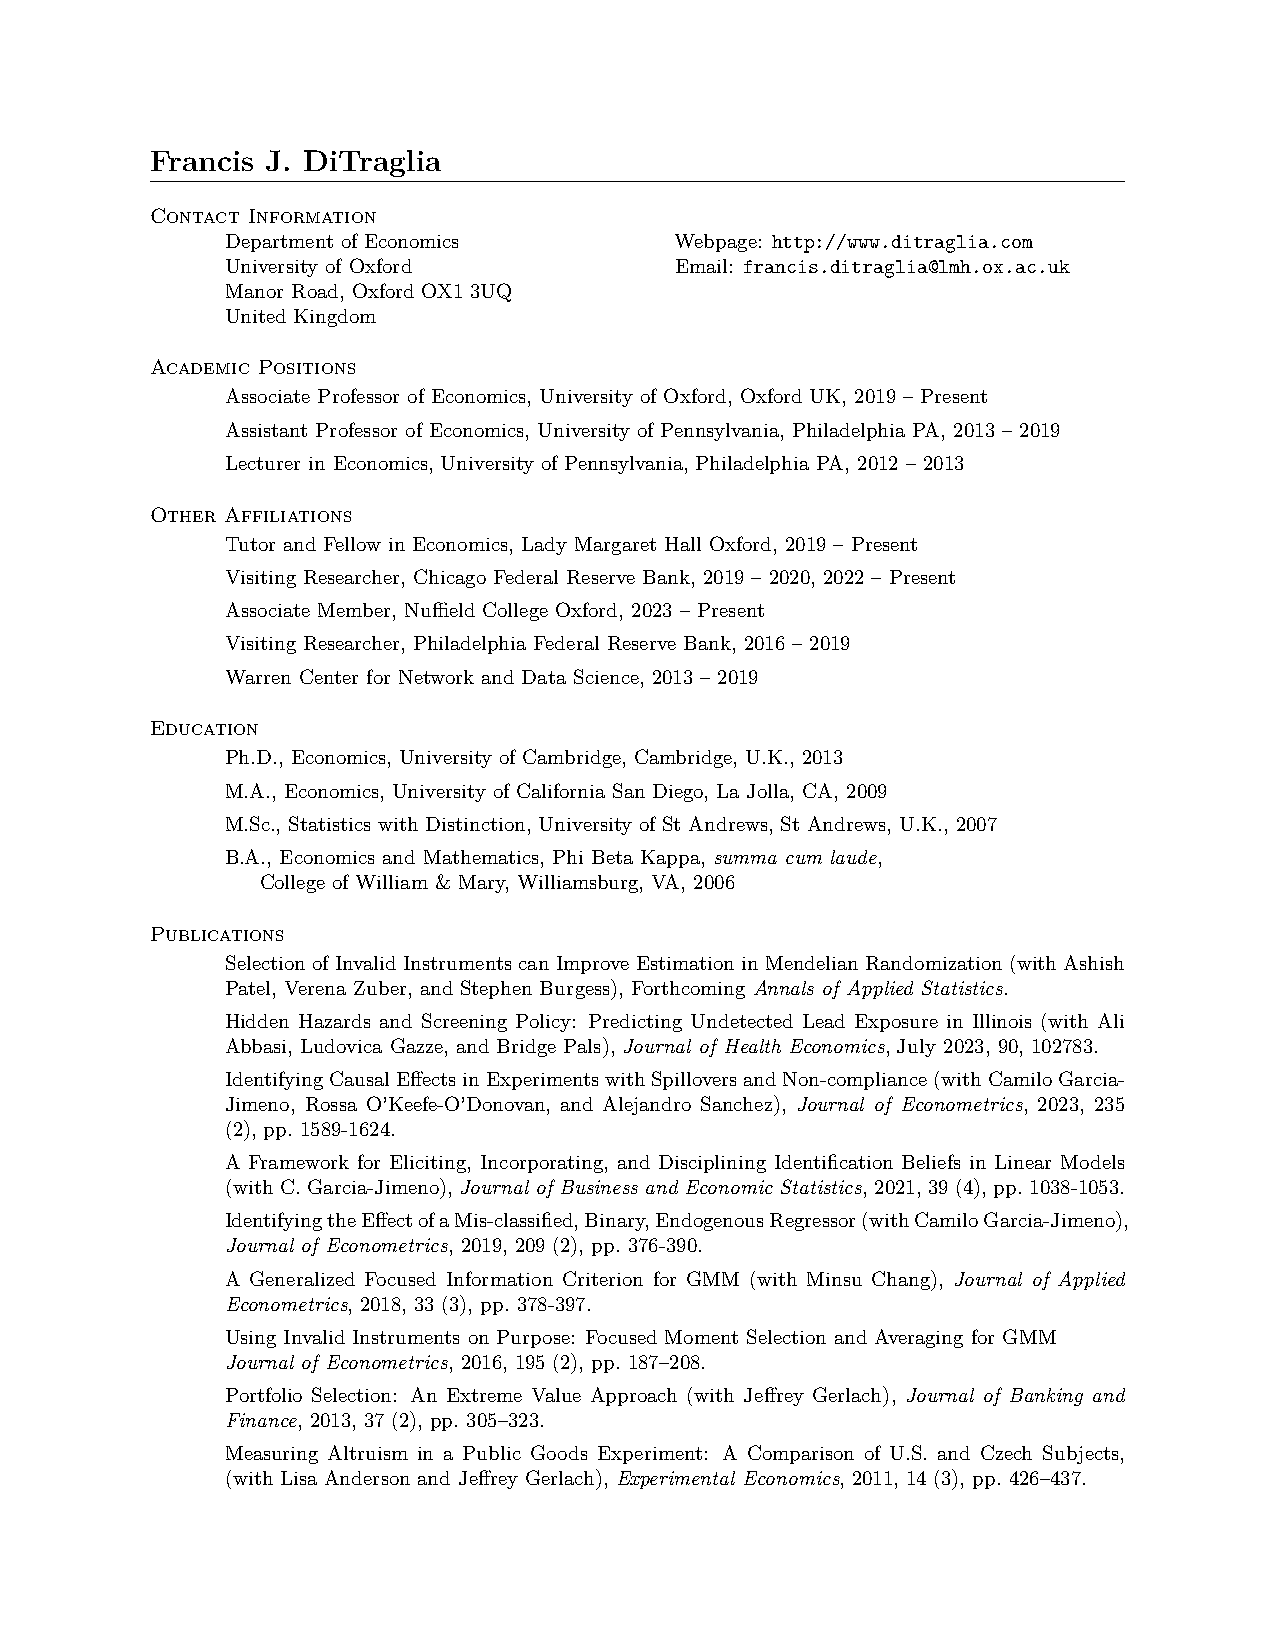
Francis J. DiTraglia
 Contact Information
 Department of Economics       Webpage: http://www.ditraglia.com
 University of Oxford          Email: francis.ditraglia@lmh.ox.ac.uk
 Manor Road, Oxford OX1 3UQ
 United Kingdom
 Academic Positions
 Associate Professor of Economics, University of Oxford, Oxford UK, 2019 – Present
 Assistant Professor of Economics, University of Pennsylvania, Philadelphia PA, 2013 – 2019
 Lecturer in Economics, University of Pennsylvania, Philadelphia PA, 2012 – 2013
 Other Affiliations
 Tutor and Fellow in Economics, Lady Margaret Hall Oxford, 2019 – Present
 Visiting Researcher, Chicago Federal Reserve Bank, 2019 – 2020, 2022 – Present
 Associate Member, Nuffield College Oxford, 2023 – Present
 Visiting Researcher, Philadelphia Federal Reserve Bank, 2016 – 2019
 Warren Center for Network and Data Science, 2013 – 2019
 Education
 Ph.D., Economics, University of Cambridge, Cambridge, U.K., 2013
 M.A., Economics, University of California San Diego, La Jolla, CA, 2009
 M.Sc., Statistics with Distinction, University of St Andrews, St Andrews, U.K., 2007
 B.A., Economics and Mathematics, Phi Beta Kappa, summa cum laude,
 College of William & Mary, Williamsburg, VA, 2006
 Publications
 Selection of Invalid Instruments can Improve Estimation in Mendelian Randomization (with Ashish
 Patel, Verena Zuber, and Stephen Burgess), Forthcoming Annals of Applied Statistics.
 Hidden Hazards and Screening Policy: Predicting Undetected Lead Exposure in Illinois (with Ali
 Abbasi, Ludovica Gazze, and Bridge Pals), Journal of Health Economics, July 2023, 90, 102783.
 IdentifyingCausalEffectsinExperimentswithSpilloversandNon-compliance(withCamiloGarcia-
 Jimeno, Rossa O’Keefe-O’Donovan, and Alejandro Sanchez), Journal of Econometrics, 2023, 235
 (2), pp. 1589-1624.
 A Framework for Eliciting, Incorporating, and Disciplining Identification Beliefs in Linear Models
 (with C. Garcia-Jimeno), Journal of Business and Economic Statistics, 2021, 39 (4), pp. 1038-1053.
 IdentifyingtheEffectofaMis-classified,Binary,EndogenousRegressor(withCamiloGarcia-Jimeno),
 Journal of Econometrics, 2019, 209 (2), pp. 376-390.
 A Generalized Focused Information Criterion for GMM (with Minsu Chang), Journal of Applied
 Econometrics, 2018, 33 (3), pp. 378-397.
 Using Invalid Instruments on Purpose: Focused Moment Selection and Averaging for GMM
 Journal of Econometrics, 2016, 195 (2), pp. 187–208.
 Portfolio Selection: An Extreme Value Approach (with Jeffrey Gerlach), Journal of Banking and
 Finance, 2013, 37 (2), pp. 305–323.
 Measuring Altruism in a Public Goods Experiment: A Comparison of U.S. and Czech Subjects,
 (with Lisa Anderson and Jeffrey Gerlach), Experimental Economics, 2011, 14 (3), pp. 426–437.